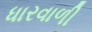
ધારવાળી